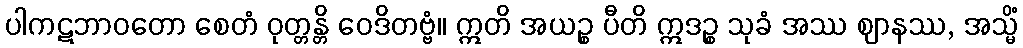
ပါကဋဘာဝတော စေတံ ဝုတ္တန္တိ ဝေဒိတဗ္ဗံ။ ဣတိ အယဉ္စ ပီတိ ဣဒဉ္စ သုခံ အဿ ဈာနဿ, အသ္မိံ